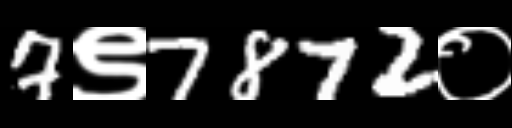
Text: 7९7872०